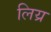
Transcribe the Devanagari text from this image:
लिय्र